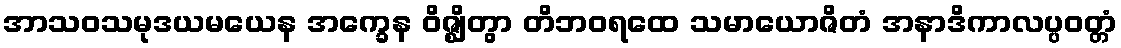
အာသဝသမုဒယမယေန အက္ခေန ဝိဇ္ဈိတွာ တိဘဝရထေ သမာယောဇိတံ အနာဒိကာလပ္ပဝတ္တံ